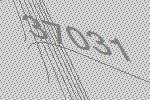
37031